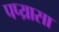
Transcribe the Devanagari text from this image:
पप्य्रासा